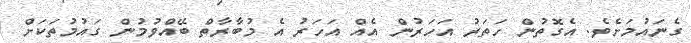
ގެނައުމަށެވެ. އެގޮތުން ހަތަރު އަހަރުން އެއް އަހަރު އެ މުބާރާތް ބޭއްވުމުން ގައުމުތަކަށް